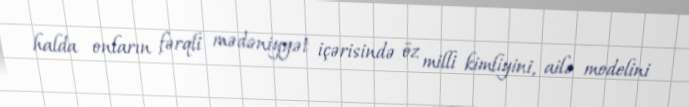
halda onların fərqli mədəniyyət içərisində öz milli kimliyini, ailə modelini